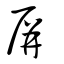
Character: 屏